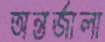
অন্তর্জালা